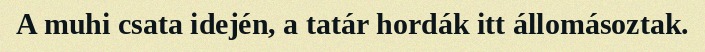
A muhi csata idején, a tatár hordák itt állomásoztak.